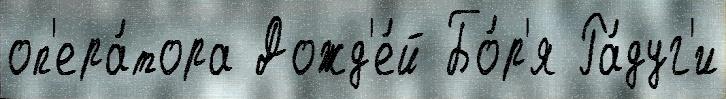
оп'ера́тора Дожд'е́й Бо́р'я Ра́дуг'и